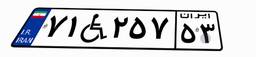
۷۱W۲۵۷۵۳